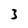
Character: 3